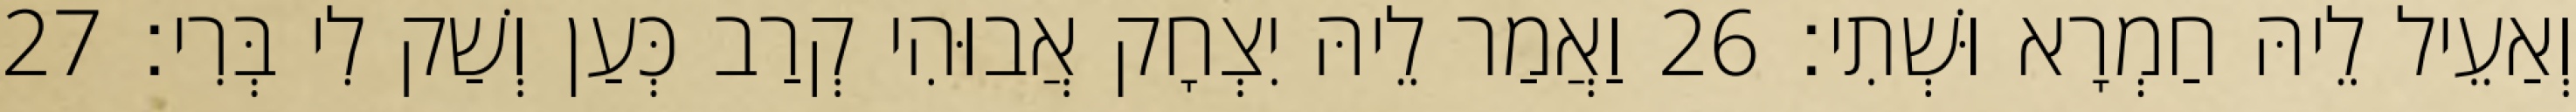
וְאַעֵיל לֵיהּ חַמְרָא וּשְׁתִי׃ 26 וַאֲמַר לֵיהּ יִצְחָק אֲבוּהִי קְרַב כְּעַן וְשַׁק לִי בְּרִי׃ 27